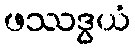
ဖဿဒွယံ